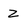
Character: Z